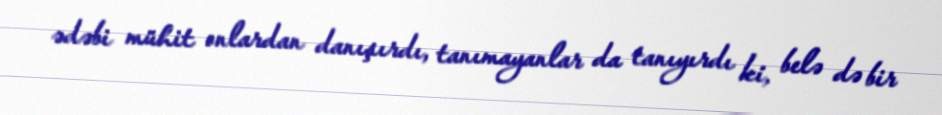
ədəbi mühit onlardan danışırdı, tanımayanlar da tanıyırdı ki, belə də bir